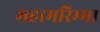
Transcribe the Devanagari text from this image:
महामरिम्मा